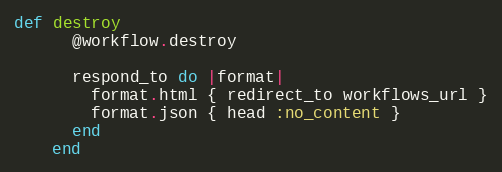
Language: Ruby
def destroy
      @workflow.destroy

      respond_to do |format|
        format.html { redirect_to workflows_url }
        format.json { head :no_content }
      end
    end